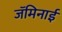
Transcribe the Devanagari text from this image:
जॅमिनाई